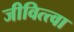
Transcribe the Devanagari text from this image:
जीवित्त्वा